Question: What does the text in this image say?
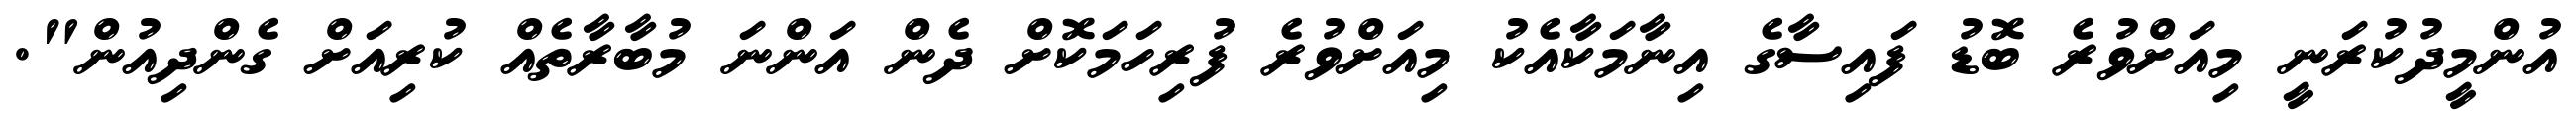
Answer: އުންމީދުކުރަނީ މިއަށްވުރެ ބޮޑު ފައިސާގެ އިނާމަކާއެކު މިއަށްވުރެ ފުރިހަމަކޮށް ދެން އަންނަ މުބާރާތެއް ކުރިއަށް ގެންދިއުން".